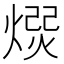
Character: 𭵯